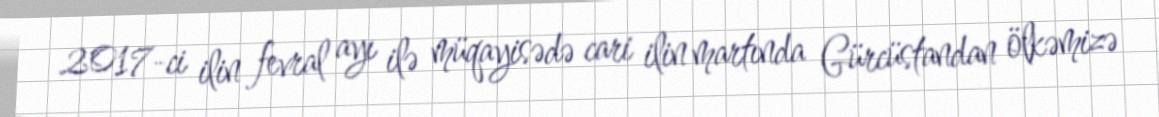
2017-ci ilin fevral ayı ilə müqayisədə cari ilin martında Gürcüstandan ölkəmizə